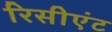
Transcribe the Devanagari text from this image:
रिसीएंट